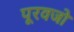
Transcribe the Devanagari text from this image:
पूरवजो